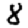
Digit: 8